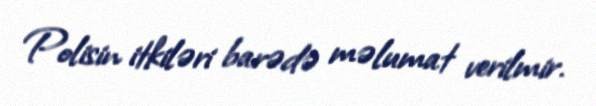
Polisin itkiləri barədə məlumat verilmir.